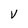
Character: v